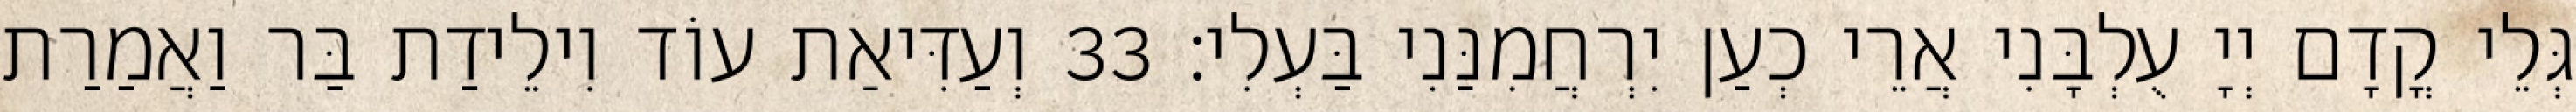
גְּלֵי קֳדָם יְיָ עֻלְבָּנִי אֲרֵי כְעַן יִרְחֲמִנַּנִי בַּעְלִי׃ 33 וְעַדִּיאַת עוֹד וִילֵידַת בַּר וַאֲמַרַת